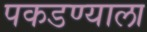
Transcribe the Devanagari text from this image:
पकडण्याला